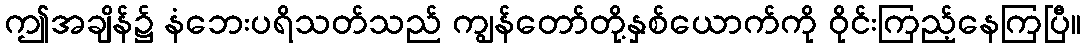
ဤအချိန်၌ နံဘေးပရိသတ်သည် ကျွန်တော်တို့နှစ်ယောက်ကို ဝိုင်းကြည့်နေကြပြီ။